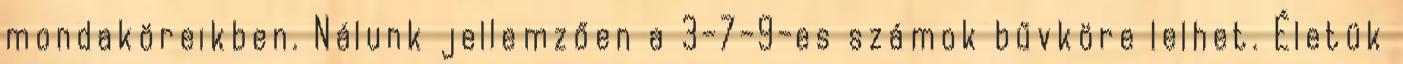
mondaköreikben. Nálunk jellemzően a 3-7-9-es számok bűvköre lelhet. Életük